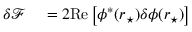
\begin{array} { r l } { \delta \mathcal { F } } & { { } = 2 \mathrm { R e } \left[ \phi ^ { * } ( \boldsymbol { r } _ { \star } ) \delta \phi ( \boldsymbol { r } _ { \star } ) \right] } \end{array}